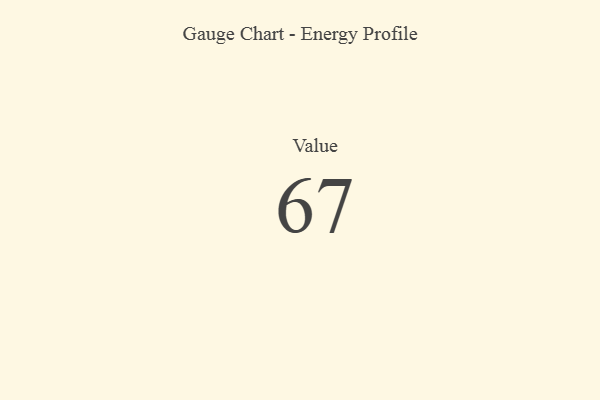
{"axis": {"x": "Metric", "y": "Value"}, "legend": [""], "data": [{"x": "Value", "y": 67, "type": ""}]}